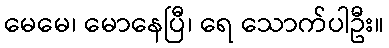
မေမေ၊ မောနေပြီ၊ ရေ သောက်ပါဦး။